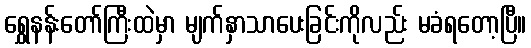
ရွှေနန်းတော်ကြီးထဲမှာ မျက်နှာသာပေးခြင်းကိုလည်း မခံရတော့ပြီ။